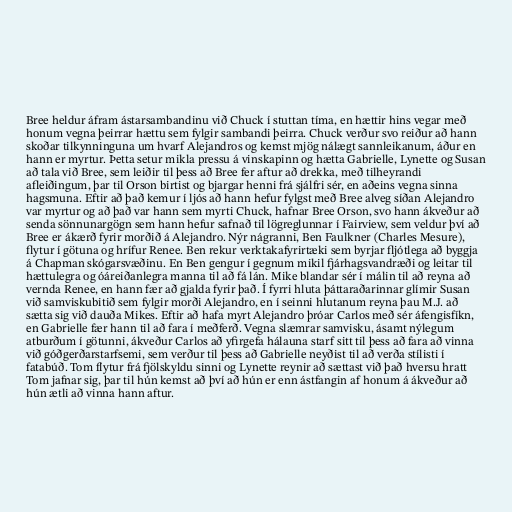
Bree heldur áfram ástarsambandinu við Chuck í stuttan tíma, en hættir hins vegar með
honum vegna þeirrar hættu sem fylgir sambandi þeirra. Chuck verður svo reiður að hann
skoðar tilkynninguna um hvarf Alejandros og kemst mjög nálægt sannleikanum, áður en
hann er myrtur. Þetta setur mikla pressu á vinskapinn og hætta Gabrielle, Lynette og Susan
að tala við Bree, sem leiðir til þess að Bree fer aftur að drekka, með tilheyrandi
afleiðingum, þar til Orson birtist og bjargar henni frá sjálfri sér, en aðeins vegna sinna
hagsmuna. Eftir að það kemur í ljós að hann hefur fylgst með Bree alveg síðan Alejandro
var myrtur og að það var hann sem myrti Chuck, hafnar Bree Orson, svo hann ákveður að
senda sönnunargögn sem hann hefur safnað til lögreglunnar í Fairview, sem veldur því að
Bree er ákærð fyrir morðið á Alejandro. Nýr nágranni, Ben Faulkner (Charles Mesure),
flytur í götuna og hrífur Renee. Ben rekur verktakafyrirtæki sem byrjar fljótlega að byggja
á Chapman skógarsvæðinu. En Ben gengur í gegnum mikil fjárhagsvandræði og leitar til
hættulegra og óáreiðanlegra manna til að fá lán. Mike blandar sér í málin til að reyna að
vernda Renee, en hann fær að gjalda fyrir það. Í fyrri hluta þáttaraðarinnar glímir Susan
við samviskubitið sem fylgir morði Alejandro, en í seinni hlutanum reyna þau M.J. að
sætta sig við dauða Mikes. Eftir að hafa myrt Alejandro þróar Carlos með sér áfengisfíkn,
en Gabrielle fær hann til að fara í meðferð. Vegna slæmrar samvisku, ásamt nýlegum
atburðum í götunni, ákveður Carlos að yfirgefa hálauna starf sitt til þess að fara að vinna
við góðgerðarstarfsemi, sem verður til þess að Gabrielle neyðist til að verða stílisti í
fatabúð. Tom flytur frá fjölskyldu sinni og Lynette reynir að sættast við það hversu hratt
Tom jafnar sig, þar til hún kemst að því að hún er enn ástfangin af honum á ákveður að
hún ætli að vinna hann aftur.